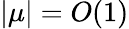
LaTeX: |\mu|=O(1)